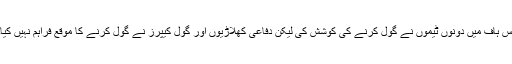
اس ہاف میں دونوں ٹیموں نے گول کرنے کی کوشش کی لیکن دفاعی کھلاڑیوں اور گول کیپرز نے گول کرنے کا موقع فراہم نہیں کیا۔